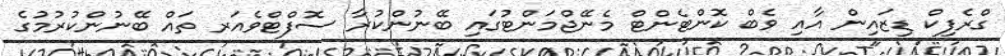
ގްރެފިކް ޑިޒައިން އާއި ވެބް ކޮންޓެންޓް މެނޭޖްމަންޓުގައި ބޭނުންކުރާ ސޮފްޓްވެއަރ ތައް ބޭނުންކުރުމުގެ